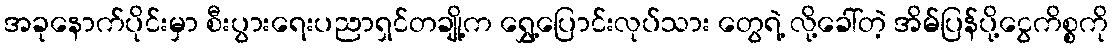
အခုနောက်ပိုင်းမှာ စီးပွားရေးပညာရှင်တချို့က ရွှေ့ပြောင်းလုပ်သား တွေရဲ့ လို့ခေါ်တဲ့ အိမ်ပြန်ပို့ငွေကိစ္စကို